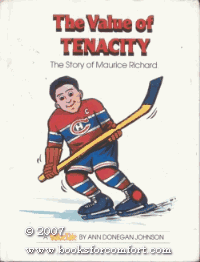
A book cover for The Value of Tenacity: The Story of Maurice Richard (ValueTale); Ann Donegan Johnson; Literature & Fiction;